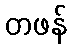
တဖန်